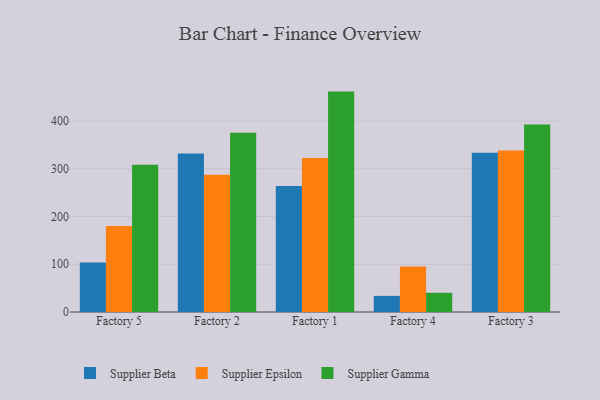
{"axis": {"x": "Factory", "y": "Humidity (%)"}, "legend": ["Supplier Beta", "Supplier Epsilon", "Supplier Gamma"], "data": [{"x": "Factory 5", "y": 103.5, "type": "Supplier Beta"}, {"x": "Factory 5", "y": 180.2, "type": "Supplier Epsilon"}, {"x": "Factory 5", "y": 308.4, "type": "Supplier Gamma"}, {"x": "Factory 2", "y": 332.3, "type": "Supplier Beta"}, {"x": "Factory 2", "y": 287.9, "type": "Supplier Epsilon"}, {"x": "Factory 2", "y": 375.6, "type": "Supplier Gamma"}, {"x": "Factory 1", "y": 264.0, "type": "Supplier Beta"}, {"x": "Factory 1", "y": 322.8, "type": "Supplier Epsilon"}, {"x": "Factory 1", "y": 461.9, "type": "Supplier Gamma"}, {"x": "Factory 4", "y": 33.8, "type": "Supplier Beta"}, {"x": "Factory 4", "y": 95.4, "type": "Supplier Epsilon"}, {"x": "Factory 4", "y": 40.2, "type": "Supplier Gamma"}, {"x": "Factory 3", "y": 333.9, "type": "Supplier Beta"}, {"x": "Factory 3", "y": 338.6, "type": "Supplier Epsilon"}, {"x": "Factory 3", "y": 393.2, "type": "Supplier Gamma"}]}